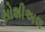
સોશીઅલ